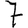
Digit: 7